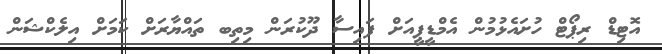
އޮޓިޑް ރިޕޯޓް ހުށައެޅުމުން އެމްޑީޕީއަށް ފައިސާ ދޫކުރަން މިތިބ ތައްޔާރަށް ކަމަށް އިލެކްޝަން